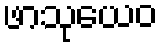
ဖာသုယေဝ